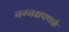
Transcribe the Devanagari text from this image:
नग्नक्षपणके